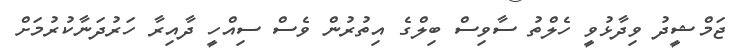
ޖަމްޝީދު ވިދާޅުވީ ހެލްތު ސާވިސް ބިލްގެ އިތުރުން ވެސް ސިއްހީ ދާއިރާ ހަރުދަނާކުރުމަށް